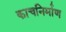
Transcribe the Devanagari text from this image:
काचनिर्माण